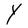
Character: Y